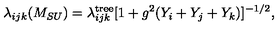
\lambda _ { i j k } ( M _ { S U } ) = \lambda _ { i j k } ^ { \mathrm { t r e e } } [ 1 + g ^ { 2 } ( Y _ { i } + Y _ { j } + Y _ { k } ) ] ^ { - 1 / 2 } ,